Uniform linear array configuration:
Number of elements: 24
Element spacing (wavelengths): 1
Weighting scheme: kaiser
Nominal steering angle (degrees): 60
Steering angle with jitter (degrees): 61.214
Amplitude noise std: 0.05
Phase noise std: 0.05

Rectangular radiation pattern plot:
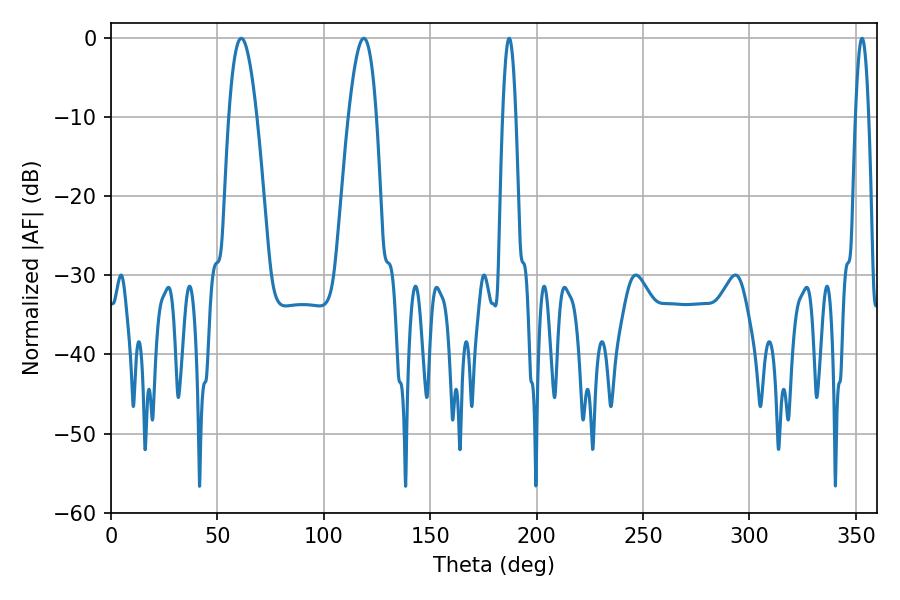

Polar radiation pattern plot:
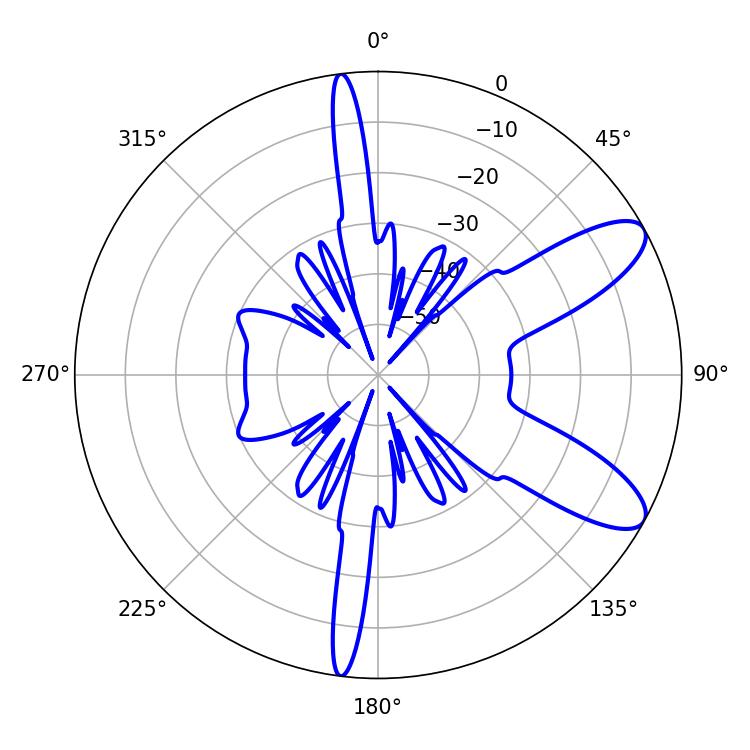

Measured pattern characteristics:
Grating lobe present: TRUE
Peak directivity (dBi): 9.524
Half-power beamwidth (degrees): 7.2
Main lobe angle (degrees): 61.2